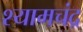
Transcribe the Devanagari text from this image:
श्यामचंद्र